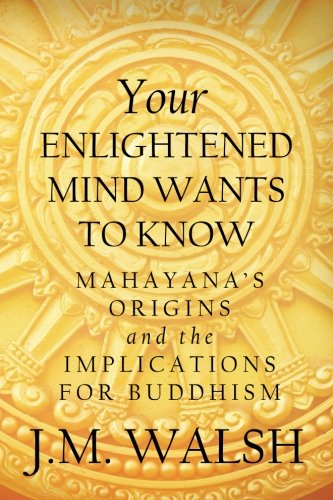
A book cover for Your Enlightened Mind Wants to Know: Mahayana's Origins and the Implications for Buddhism; J. M. Walsh; Religion & Spirituality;